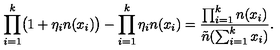
\prod _ { i = 1 } ^ { k } \bigl ( 1 + \eta _ { i } n ( x _ { i } ) \bigr ) - \prod _ { i = 1 } ^ { k } \eta _ { i } n ( x _ { i } ) = { \frac { \prod _ { i = 1 } ^ { k } n ( x _ { i } ) } { \tilde { n } ( \sum _ { i = 1 } ^ { k } x _ { i } ) } } .